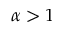
\alpha > 1